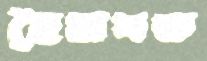
হৈমবত